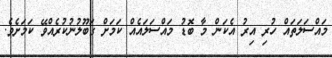
މައްސަލަތައް ހުރި އިރު އެކަން މާ ބޮޑު މައްސަލައެއް ކަމަށް ގަބޫލުނުކުރެއްވޭ ކަމަށެވެ.